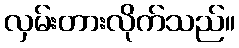
လှမ်းတားလိုက်သည်။